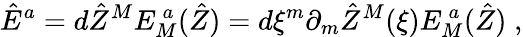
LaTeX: \hat{E}^{{a}}=d\hat{Z}^{{M}}E_{{M}}^{~{a}}(\hat{Z})=d\xi^{m}\partial_{m}\hat{Z}^{{M}}(\xi)E_{{M}}^{~{a}}(\hat{Z})\; ,